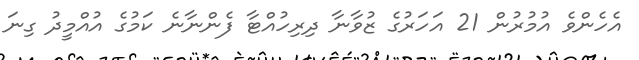
އެހެންވެ އުމުރުން 21 އަހަރުގެ ޒުވާނާ ދިރިހުއްޓާ ފެންނާނެ ކަމުގެ އުއްމީދު ގިނަ